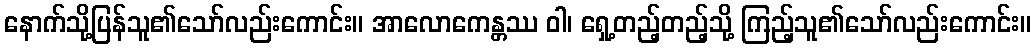
နောက်သို့ပြန်သူ၏သော်လည်းကောင်း။ အာလောကေန္တဿ ဝါ၊ ရှေ့တည့်တည့်သို့ ကြည့်သူ၏သော်လည်းကောင်း။